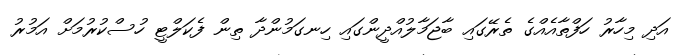
އަދި މިހާރު ހަފްތާއެއްގެ ތެރޭގައި ބާޖަމާލުއްދީންގައި ހިނގަމުންދާ ތިން ފެކަލްޓީ ހުސްކުރުމަށް އަމުރު